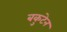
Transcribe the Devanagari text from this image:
बकुटेन